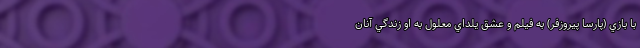
با بازي (پارسا پيروزفر) به فيلم و عشق يلداي معلول به او زندگي آنان